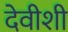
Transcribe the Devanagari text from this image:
देवीशी